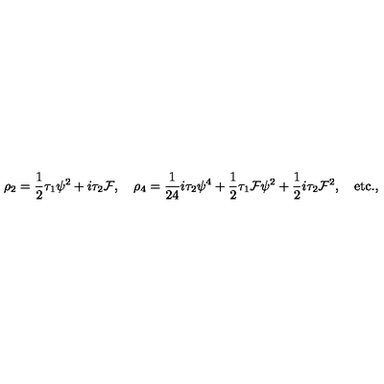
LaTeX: \rho _ { 2 } = { \frac { 1 } { 2 } } \tau _ { 1 } \psi ^ { 2 } + i \tau _ { 2 } { \cal F } , \quad \rho _ { 4 } = { \frac { 1 } { 2 4 } } i \tau _ { 2 } \psi ^ { 4 } + { \frac { 1 } { 2 } } \tau _ { 1 } { \cal F } \psi ^ { 2 } + { \frac { 1 } { 2 } } i \tau _ { 2 } { \cal F } ^ { 2 } , \quad \mathrm { e t c . } ,